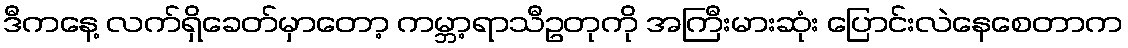
ဒီကနေ့ လက်ရှိခေတ်မှာတော့ ကမ္ဘာ့ရာသီဥတုကို အကြီးမားဆုံး ပြောင်းလဲနေစေတာက